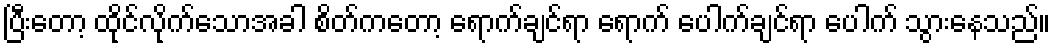
ပြီးတော့ ထိုင်လိုက်သောအခါ စိတ်ကတော့ ရောက်ချင်ရာ ရောက် ပေါက်ချင်ရာ ပေါက် သွားနေသည်။